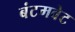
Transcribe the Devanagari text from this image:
बंटमवेट